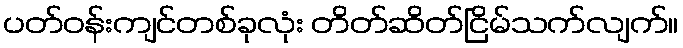
ပတ်ဝန်းကျင်တစ်ခုလုံး တိတ်ဆိတ်ငြိမ်သက်လျက်။